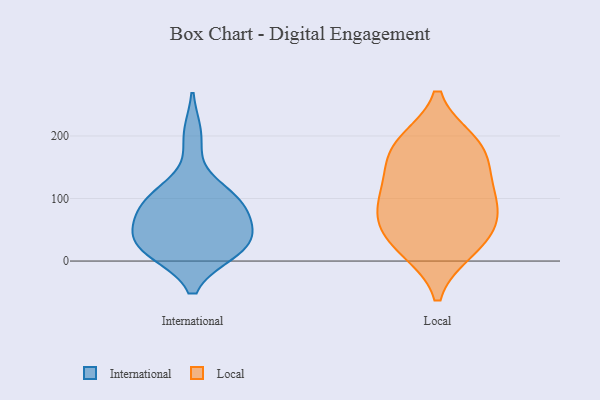
{"axis": {"x": "Revenue (USD Million)", "y": "Value"}, "legend": ["International", "Local"], "data": [{"x": "", "y": 17, "type": "International"}, {"x": "", "y": 99, "type": "International"}, {"x": "", "y": 68, "type": "International"}, {"x": "", "y": 21, "type": "International"}, {"x": "", "y": 89, "type": "International"}, {"x": "", "y": 36, "type": "International"}, {"x": "", "y": 29, "type": "International"}, {"x": "", "y": 17, "type": "International"}, {"x": "", "y": 52, "type": "International"}, {"x": "", "y": 200, "type": "International"}, {"x": "", "y": 98, "type": "International"}, {"x": "", "y": 105, "type": "International"}, {"x": "", "y": 80, "type": "Local"}, {"x": "", "y": 87, "type": "Local"}, {"x": "", "y": 109, "type": "Local"}, {"x": "", "y": 150, "type": "Local"}, {"x": "", "y": 19, "type": "Local"}, {"x": "", "y": 56, "type": "Local"}, {"x": "", "y": 190, "type": "Local"}, {"x": "", "y": 125, "type": "Local"}, {"x": "", "y": 182, "type": "Local"}, {"x": "", "y": 186, "type": "Local"}, {"x": "", "y": 51, "type": "Local"}, {"x": "", "y": 18, "type": "Local"}]}